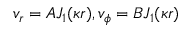
v _ { r } = A J _ { 1 } ( \kappa r ) , v _ { \phi } = B J _ { 1 } ( \kappa r )